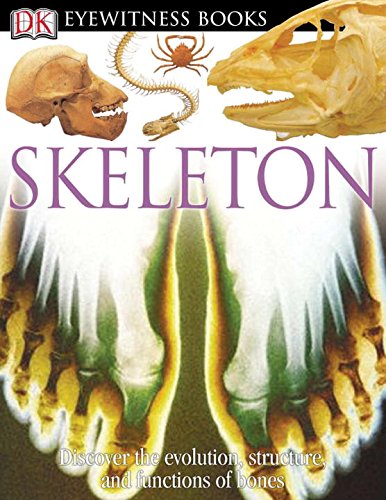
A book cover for DK Eyewitness Books: Skeleton; Steve Parker; Children's Books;